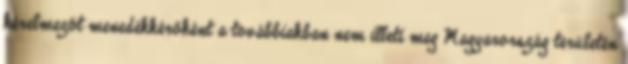
kérelmezőt menedékkérőként a továbbiakban nem illeti meg Magyarország területén